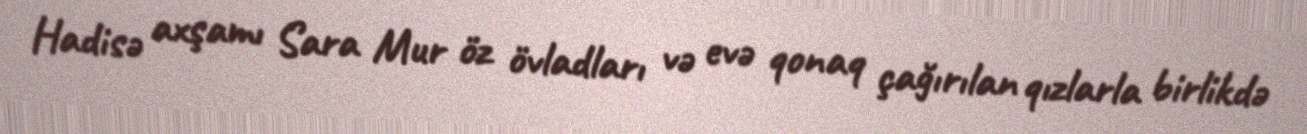
Hadisə axşamı Sara Mur öz övladları və evə qonaq çağırılan qızlarla birlikdə